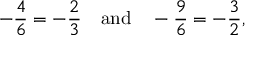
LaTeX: - { \frac { 4 } { 6 } } = - { \frac { 2 } { 3 } } \quad { \mathrm { a n d } } \quad - { \frac { 9 } { 6 } } = - { \frac { 3 } { 2 } } ,